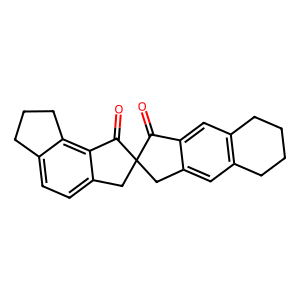
SMILES: O=C1c2cc3c(cc2CC12Cc1ccc4c(c1C2=O)CCC4)CCCC3
Inhibits HIV replication: No